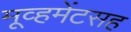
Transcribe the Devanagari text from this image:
मूव्हमेंटसह